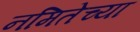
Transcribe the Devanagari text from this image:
नमितेच्या